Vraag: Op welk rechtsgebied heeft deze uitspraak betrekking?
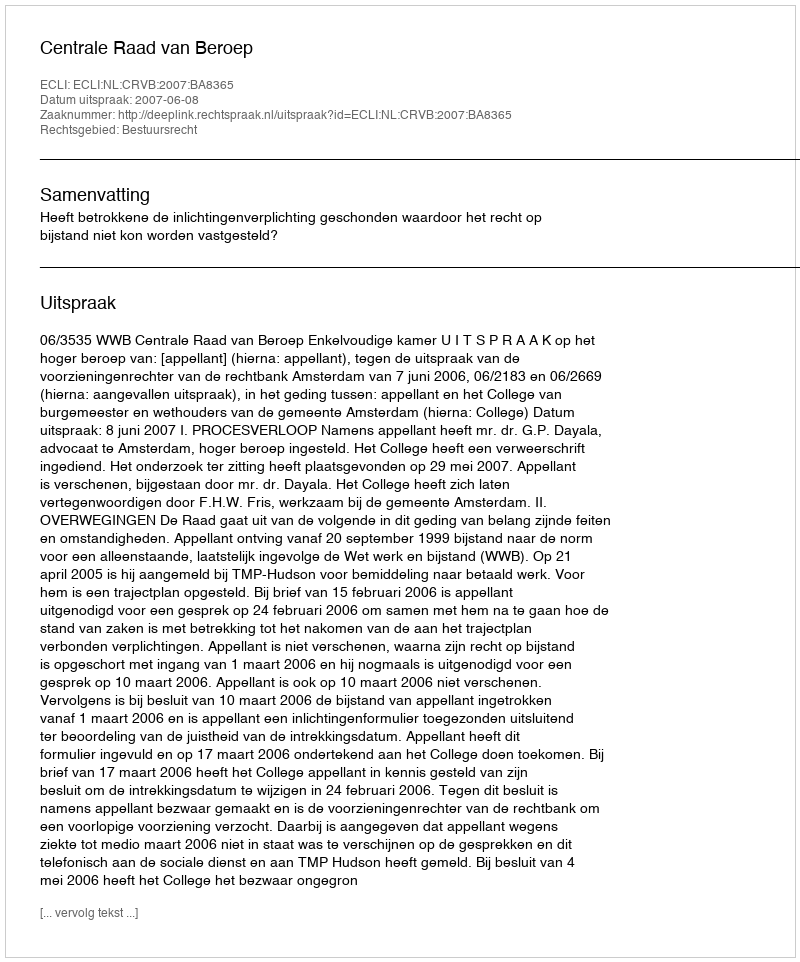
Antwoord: Bestuursrecht